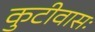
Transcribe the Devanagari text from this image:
कुटीवासः